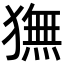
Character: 𬍇